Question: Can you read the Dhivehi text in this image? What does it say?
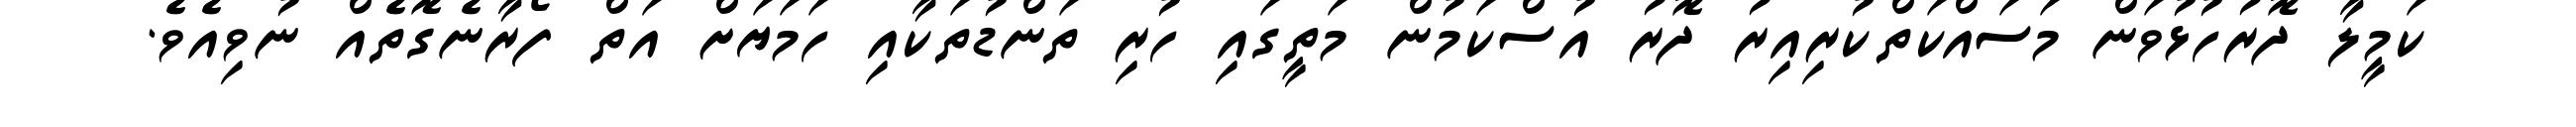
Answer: ކަމީލާ ދޮރުހުޅުވަން މަސައްކަތްކުރިއިރު ދޮރު އުސްކަމުން މަތީގައި ހުރި ތަންޑުތަކާއި ހަމަޔަށް އަތް ފޯރާނެގޮތެއް ނުވިއެވެ.